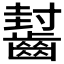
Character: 𱌟